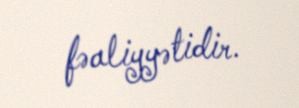
fəaliyyətidir.